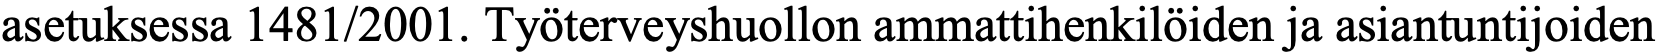
asetuksessa 1481/2001. Työterveyshuollon ammattihenkilöiden ja asiantuntijoiden